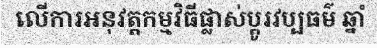
លើការអនុវត្តកម្មវិធីផ្លាស់ប្តូរវប្បធម៌ ឆ្នាំ